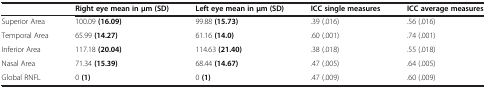
|  | Right eye mean in μm (SD) | Left eye mean in μm (SD) | ICC single measures | ICC average measures |
 | --- | --- | --- | --- | --- |
 | Superior Area | 100.09 (16.09) | 99.88 (15.73) | .39 (.016) | .56 (.016) |
 | Temporal Area | 65.99 (14.27) | 61.16 (14.0) | .60 (.001) | .74 (.001) |
 | Inferior Area | 117.18 (20.04) | 114.63 (21.40) | .38 (.018) | .55 (.018) |
 | Nasal Area | 71.34 (15.39) | 68.44 (14.67) | .47 (.005) | .64 (.005) |
 | Global RNFL | 0 (1) | 0 (1) | .47 (.009) | .60 (.009) |